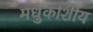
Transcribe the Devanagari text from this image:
मधुकोशीय